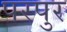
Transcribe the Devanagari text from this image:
परपुर